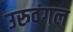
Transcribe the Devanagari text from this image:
उरुवंगल